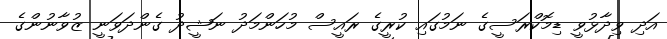
އަދި ވިދާޅުވީ ޑިމޮކްރަސީގެ ނަމުގައި ކުރީގެ ރައީސް މުހަންމަދު ނަޝީދު ގެންދަވަނީ ޒުވާނުންގެ